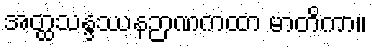
အတ္ထသန္ဒဿနဉာဏကထာ မာတိကာ။